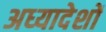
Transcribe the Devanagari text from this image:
अध्‍यादेशों